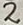
Text: 2